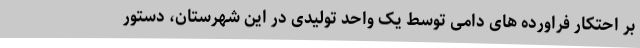
بر احتکار فراورده های دامی توسط یک واحد تولیدی در این شهرستان، دستور